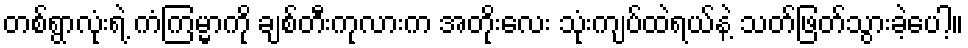
တစ်ရွာလုံးရဲ့ ကံကြမ္မာကို ချစ်တီးကုလားက အတိုးလေး သုံးကျပ်ထဲရယ်နဲ့ သတ်ဖြတ်သွားခဲ့ပေါ့။